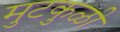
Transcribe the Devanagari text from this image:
मुटकुळी